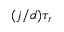
( j / d ) \tau _ { r }